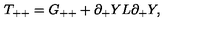
T _ { + + } = G _ { + + } + \partial _ { + } Y L \partial _ { + } Y ,